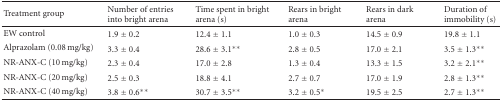
<table><thead><tr><td><b>Treatment group</b></td><td><b>Number of entries into bright arena</b></td><td><b>Time spent in bright arena (s)</b></td><td><b>Rears in bright arena</b></td><td><b>Rears in dark arena</b></td><td><b>Duration of immobility (s)</b></td></tr></thead><tbody><tr><td>EW control</td><td>1.9 ± 0.2</td><td>12.4 ± 1.1</td><td> 1.0 ± 0.3</td><td> 14.5 ± 0.9</td><td> 19.8 ± 1.1</td></tr><tr><td>Alprazolam (0.08 mg/kg)</td><td>3.3 ± 0.4</td><td>28.6 ± 3.1**</td><td>2.8 ± 0.5</td><td>17.0 ± 2.1</td><td>3.5 ± 1.3**</td></tr><tr><td>NR-ANX-C (10 mg/kg)</td><td>2.3 ± 0.4</td><td>17.0 ± 2.8</td><td>1.3 ± 0.4</td><td>13.3 ± 1.5</td><td>3.2 ± 2.1**</td></tr><tr><td>NR-ANX-C (20 mg/kg)</td><td>2.5 ± 0.3</td><td>18.8 ± 4.1</td><td>2.7 ± 0.7</td><td>17.0 ± 1.9</td><td>2.8 ± 1.3**</td></tr><tr><td>NR-ANX-C (40 mg/kg)</td><td>3.8 ± 0.6**</td><td>30.7 ± 3.5**</td><td>3.2 ± 0.5*</td><td>19.5 ± 2.5</td><td>2.7 ± 1.3**</td></tr></tbody></table>